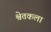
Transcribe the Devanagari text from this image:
श्वेतकला